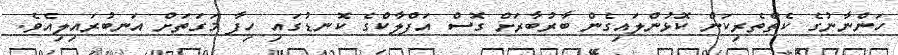
ހަންނާނުގެ ކެތްތެރިކަން ކޮޅުންލައިގެން ބާރުބާރަށް ގޮސް އަފްލާކްގެ ކޮނޑުގައި ހިފާ މަގަތަށް އަނބުރައިލިއެވެ.